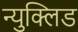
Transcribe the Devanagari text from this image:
न्युक्लिड